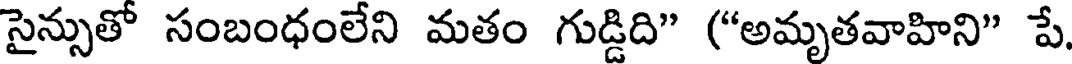
సైన్సుతో సంబంధంలేని మతం గుడ్డిది" ("అమృతవాహిని" పే